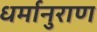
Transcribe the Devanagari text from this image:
धर्मानुराण